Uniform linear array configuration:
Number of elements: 12
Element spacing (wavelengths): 1
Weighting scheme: exponential
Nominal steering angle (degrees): -15
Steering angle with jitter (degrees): -16.613
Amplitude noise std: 0.05
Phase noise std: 0.05

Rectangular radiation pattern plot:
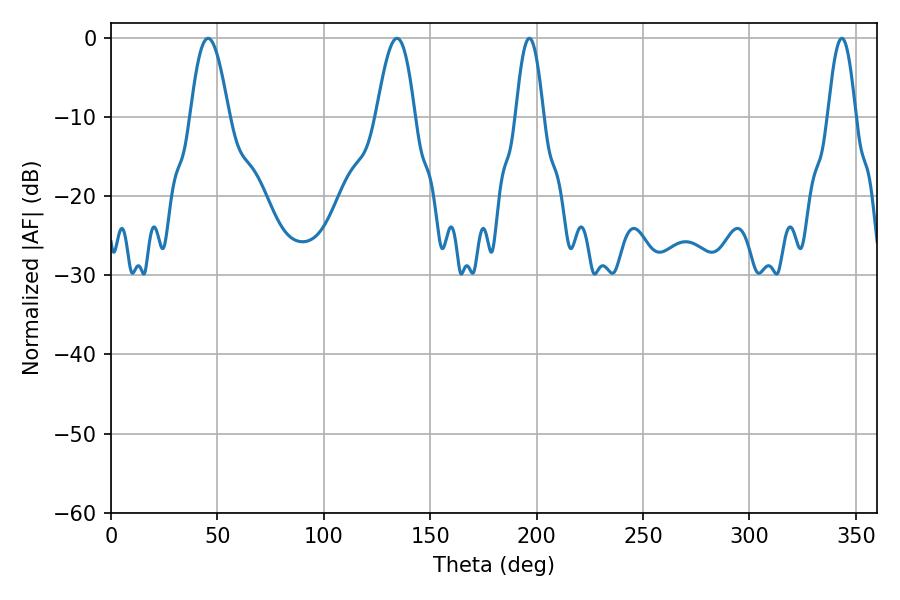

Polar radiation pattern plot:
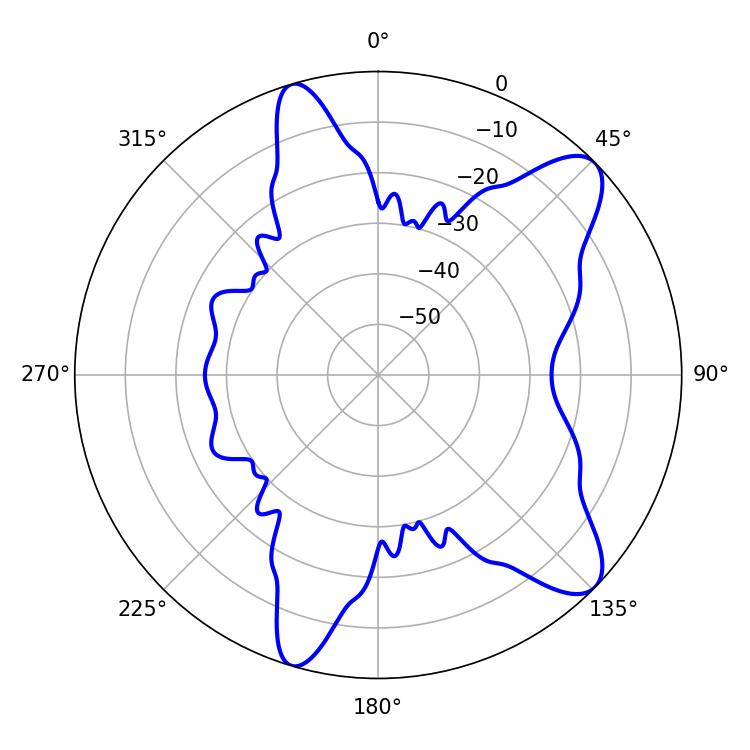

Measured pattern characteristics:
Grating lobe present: TRUE
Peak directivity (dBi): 9.934
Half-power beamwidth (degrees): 7.02
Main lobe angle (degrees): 196.56